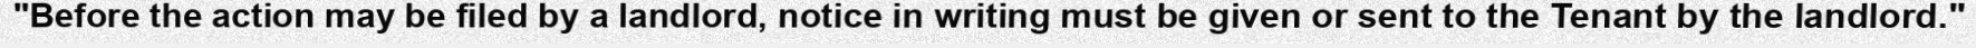
"Before the action may be filed by a landlord, notice in writing must be given or sent to the Tenant by the landlord."